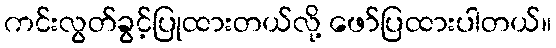
ကင်းလွတ်ခွင့်ပြုထားတယ်လို့ ဖော်ပြထားပါတယ်။